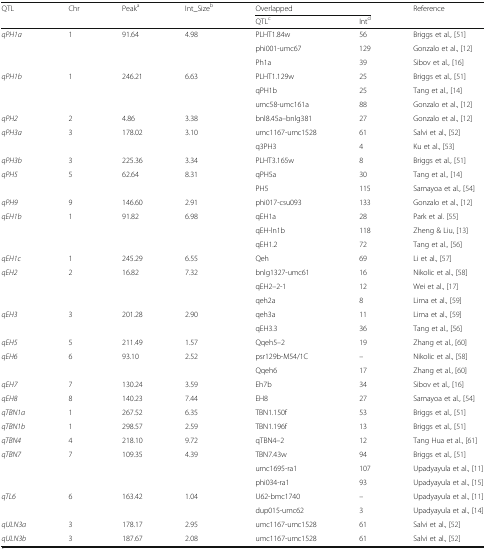
<table><thead><tr><td rowspan="2"><b>QTL</b></td><td rowspan="2"><b>Chr</b></td><td rowspan="2"><b>Peak<sup>a</sup></b></td><td rowspan="2"><b>Int_Size<sup>b</sup></b></td><td colspan="2"><b>Overlapped</b></td><td rowspan="2"><b>Reference</b></td></tr><tr><td><b>QTL<sup>c</sup></b></td><td><b>Int<sup>d</sup></b></td></tr></thead><tbody><tr><td rowspan="3"><i>qPH1a</i></td><td rowspan="3">1</td><td rowspan="3">91.64</td><td rowspan="3">4.98</td><td>PLHT1.84w</td><td>56</td><td>Briggs et al., [51]</td></tr><tr><td>phi001-umc67</td><td>129</td><td>Gonzalo et al., [12]</td></tr><tr><td>Ph1a</td><td>39</td><td>Sibov et al., [16]</td></tr><tr><td rowspan="3"><i>qPH1b</i></td><td rowspan="3">1</td><td rowspan="3">246.21</td><td rowspan="3">6.63</td><td>PLHT1.129w</td><td>25</td><td>Briggs et al., [51]</td></tr><tr><td>qPH1b</td><td>25</td><td>Tang et al., [14]</td></tr><tr><td>umc58-umc161a</td><td>88</td><td>Gonzalo et al., [12]</td></tr><tr><td><i>qPH2</i></td><td>2</td><td>4.86</td><td>3.38</td><td>bnl8.45a–bnlg381</td><td>27</td><td>Gonzalo et al., [12]</td></tr><tr><td rowspan="2"><i>qPH3a</i></td><td rowspan="2">3</td><td rowspan="2">178.02</td><td rowspan="2">3.10</td><td>umc1167-umc1528</td><td>61</td><td>Salvi et al., [52]</td></tr><tr><td>q3PH3</td><td>4</td><td>Ku et al., [53]</td></tr><tr><td><i>qPH3b</i></td><td>3</td><td>225.36</td><td>3.34</td><td>PLHT3.165w</td><td>8</td><td>Briggs et al., [51]</td></tr><tr><td rowspan="2"><i>qPH5</i></td><td rowspan="2">5</td><td rowspan="2">62.64</td><td rowspan="2">8.31</td><td>qPH5a</td><td>30</td><td>Tang et al., [14]</td></tr><tr><td>PH5</td><td>115</td><td>Samayoa et al., [54]</td></tr><tr><td><i>qPH9</i></td><td>9</td><td>146.60</td><td>2.91</td><td>phi017-csu093</td><td>133</td><td>Gonzalo et al., [12]</td></tr><tr><td rowspan="3"><i>qEH1b</i></td><td rowspan="3">1</td><td rowspan="3">91.82</td><td rowspan="3">6.98</td><td>qEH1a</td><td>28</td><td>Park et al. [55]</td></tr><tr><td>qEH-ln1b</td><td>118</td><td>Zheng &amp; Liu, [13]</td></tr><tr><td>qEH1.2</td><td>72</td><td>Tang et al., [56]</td></tr><tr><td><i>qEH1c</i></td><td>1</td><td>245.29</td><td>6.55</td><td>Qeh</td><td>69</td><td>Li et al., [57]</td></tr><tr><td rowspan="3"><i>qEH2</i></td><td rowspan="3">2</td><td rowspan="3">16.82</td><td rowspan="3">7.32</td><td>bnlg1327-umc61</td><td>16</td><td>Nikolic et al., [58]</td></tr><tr><td>qEH2–2-1</td><td>12</td><td>Wei et al., [17]</td></tr><tr><td>qeh2a</td><td>8</td><td>Lima et al., [59]</td></tr><tr><td rowspan="2"><i>qEH3</i></td><td rowspan="2">3</td><td rowspan="2">201.28</td><td rowspan="2">2.90</td><td>qeh3a</td><td>11</td><td>Lima et al., [59]</td></tr><tr><td>qEH3.3</td><td>36</td><td>Tang et al., [56]</td></tr><tr><td><i>qEH5</i></td><td>5</td><td>211.49</td><td>1.57</td><td>Qqeh5–2</td><td>19</td><td>Zhang et al., [60]</td></tr><tr><td rowspan="2"><i>qEH6</i></td><td rowspan="2">6</td><td rowspan="2">93.10</td><td rowspan="2">2.52</td><td>psr129b-M54/1C</td><td>–</td><td>Nikolic et al., [58]</td></tr><tr><td>Qqeh6</td><td>17</td><td>Zhang et al., [60]</td></tr><tr><td><i>qEH7</i></td><td>7</td><td>130.24</td><td>3.59</td><td>Eh7b</td><td>34</td><td>Sibov et al., [16]</td></tr><tr><td><i>qEH8</i></td><td>8</td><td>140.23</td><td>7.44</td><td>EH8</td><td>27</td><td>Samayoa et al., [54]</td></tr><tr><td><i>qTBN1a</i></td><td>1</td><td>267.52</td><td>6.35</td><td>TBN1.150f</td><td>53</td><td>Briggs et al., [51]</td></tr><tr><td><i>qTBN1b</i></td><td>1</td><td>298.57</td><td>2.59</td><td>TBN1.196f</td><td>13</td><td>Briggs et al., [51]</td></tr><tr><td><i>qTBN4</i></td><td>4</td><td>218.10</td><td>9.72</td><td>qTBN4–2</td><td>12</td><td>Tang Hua et al., [61]</td></tr><tr><td rowspan="3"><i>qTBN7</i></td><td rowspan="3">7</td><td rowspan="3">109.35</td><td rowspan="3">4.39</td><td>TBN7.43w</td><td>94</td><td>Briggs et al., [51]</td></tr><tr><td>umc1695-ra1</td><td>107</td><td>Upadyayula et al., [11]</td></tr><tr><td>phi034-ra1</td><td>93</td><td>Upadyayula et al., [15]</td></tr><tr><td rowspan="2"><i>qTL6</i></td><td rowspan="2">6</td><td rowspan="2">163.42</td><td rowspan="2">1.04</td><td>U62-bmc1740</td><td>–</td><td>Upadyayula et al., [11]</td></tr><tr><td>dup015-umc62</td><td>3</td><td>Upadyayula et al., [14]</td></tr><tr><td><i>qULN3a</i></td><td>3</td><td>178.17</td><td>2.95</td><td>umc1167-umc1528</td><td>61</td><td>Salvi et al., [52]</td></tr><tr><td><i>qULN3b</i></td><td>3</td><td>187.67</td><td>2.08</td><td>umc1167-umc1528</td><td>61</td><td>Salvi et al., [52]</td></tr></tbody></table>